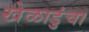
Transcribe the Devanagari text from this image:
खेळाडुंचा